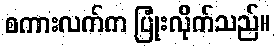
စကားလက်က ပြုံးလိုက်သည်။